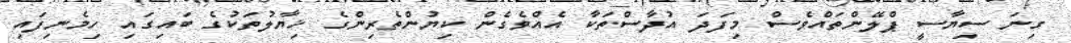
ގިނަ ސިޔާސީ ޕްލޭންތައްވެސް މިފަދަ އުދާސްތަކާ އެއްވެގެން ކިޔުންތެރިންގެ ޚިޔާލުތަކުގެ ބައިގައި ހިމެނިފައި